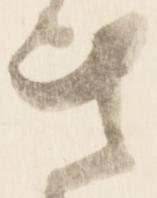
共